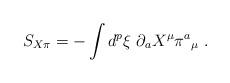
LaTeX: \begin{align*}S_{X\pi }=-\int d^{p}\xi \ \partial _{a}X^{\mu }\pi ^{a}{_{\mu }}\ .\end{align*}